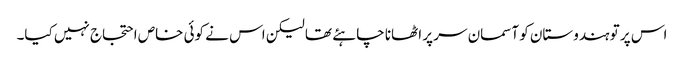
اس پر تو ہندوستان کو آسمان سر پر اٹھانا چاہئے تھا لیکن اس نے کوئی خاص احتجاج نہیں کیا۔